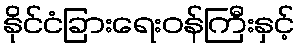
နိုင်ငံခြားရေးဝန်ကြီးနှင့်